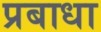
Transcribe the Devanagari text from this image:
प्रबाधा